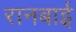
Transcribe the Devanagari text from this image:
रानबाई